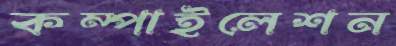
কম্পাইলেশন